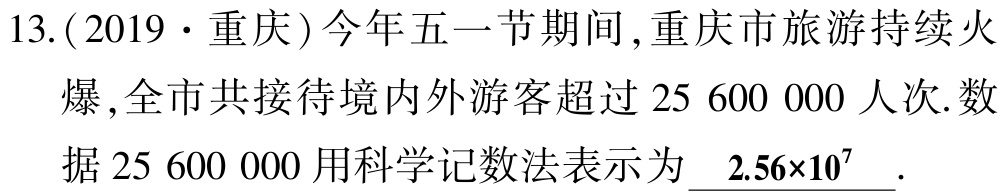
13.(2019·重庆)今年五一节期间,重庆市旅游持续火爆,全市共接待境内外游客超过$25\ 600\ 000$人次.数据$25\ 600\ 000$用科学记数法表示为$\ 2.56\times10^{7}$ .